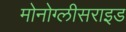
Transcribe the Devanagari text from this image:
मोनोग्लीसराइड